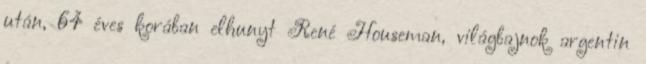
után, 64 éves korában elhunyt René Houseman, világbajnok argentin